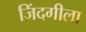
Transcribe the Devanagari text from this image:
जिंदगीला